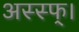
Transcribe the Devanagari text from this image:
अस्स्फ्।